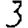
Digit: 3